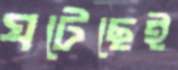
ঘটেছেই